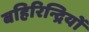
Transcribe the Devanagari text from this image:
बहिरिन्द्रियों